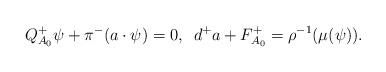
LaTeX: \begin{align*}Q^+_{A_0}\psi + \pi^-(a\cdot \psi) = 0,\,\,\, d^{+}a + F^+_{A_0} = \rho^{-1}(\mu(\psi)).\end{align*}